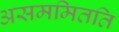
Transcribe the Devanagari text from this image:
असममितति